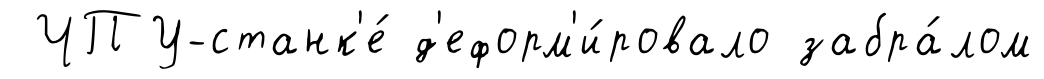
ЧПУ-станк'е́ д'еформ'и́ровало забра́лом